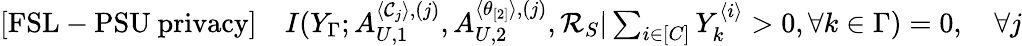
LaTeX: \begin{array}{r}{\mathrm{[FSL-PSU~privacy]}\quad I(Y_{\Gamma};A_{U,1}^{\langle\mathcal{C}_{j}\rangle,(j)},A_{U,2}^{\langle\theta_{[2]}\rangle,(j)},\mathcal{R}_{S}|\sum_{i\in[C]}Y_{k}^{\langle i\rangle}>0,\forall k\in\Gamma)=0,\quad\forall j}\end{array}